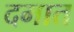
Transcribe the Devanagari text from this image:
दमात